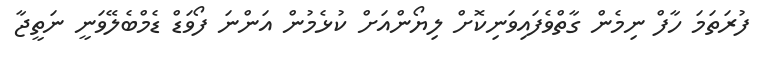
ފުރަތަމަ ހާފް ނިމެން ގާތްވެފައިވަނިކޮށް ލިޔޯންއަށް ކުޅެމުން އަންނަ ފޯވަޑް ޑެމްބެލޭވަނީ ނަތީޖާ